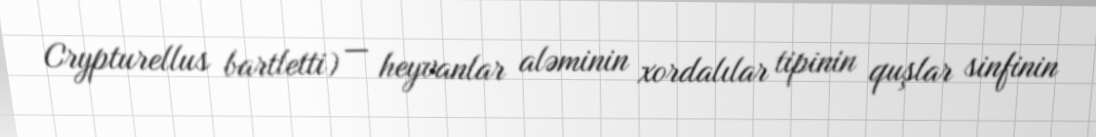
Crypturellus bartletti) — heyvanlar aləminin xordalılar tipinin quşlar sinfinin